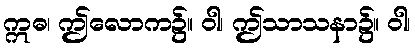
ဣဓ၊ ဤလောက၌။ ဝါ၊ ဤသာသနာ၌။ ဝါ၊